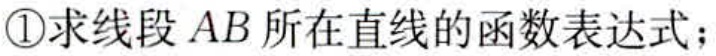
\textcircled{1}求线段 \(AB\) 所在直线的函数表达式；